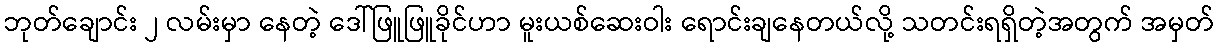
ဘုတ်ချောင်း ၂ လမ်းမှာ နေတဲ့ ဒေါ်ဖြူဖြူခိုင်ဟာ မူးယစ်ဆေးဝါး ရောင်းချနေတယ်လို့ သတင်းရရှိတဲ့အတွက် အမှတ်